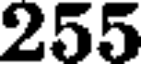
255